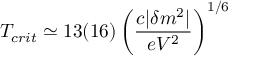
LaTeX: T _ { c r i t } \simeq 1 3 ( 1 6 ) \left( \frac { c | \delta m ^ { 2 } | } { e V ^ { 2 } } \right) ^ { 1 / 6 }